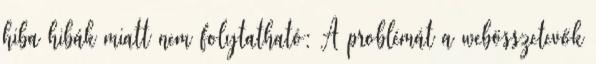
hiba hibák miatt nem folytatható: A problémát a webösszetevők